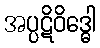
အပ္ပဋိဝိဒ္ဓေါ